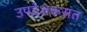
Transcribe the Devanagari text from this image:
उपदेशकसंत